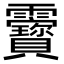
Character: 靌